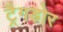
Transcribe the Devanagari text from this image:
ट्रैगडोर